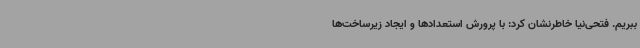
ببریم. فتحی‌نیا خاطرنشان کرد: با پرورش استعدادها و ایجاد زیرساخت‌ها